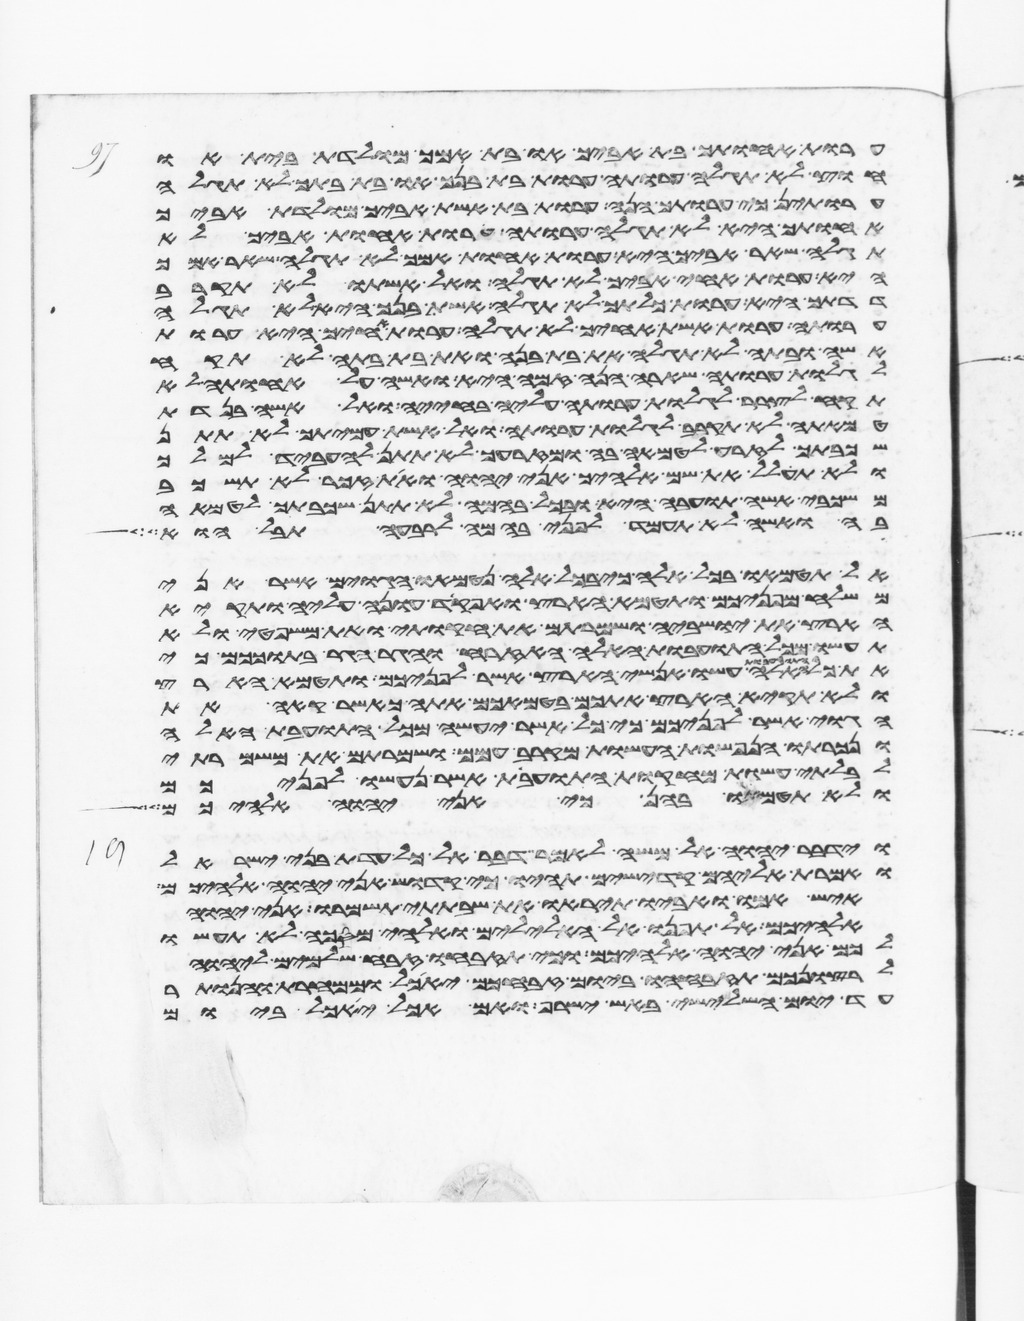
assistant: ערות אחותך בת אביך או בת אמך מולדת בית או
חוץ לא תגלה ערותה ערות בת בנך או בת בתך לא תגלה
ערותן כי ערותך הנה ערות בת אשת אביך מולדת אביך
אחותך היא לא תגלה ערותה ערות אחות אביך לא
תגלה שאר אביך היא ערות אחות אמך לא תגלה שאר אמך
היא ערות אחי אביך לא תגלה ואל אשתו לא תקרב
דדתך היא ערות כלתך לא תגלה אשת בנך היא לא תגלה
ערותה ערות אשת אחיך לא תגלה ערות אחיך היא ערות
אשה ובתה לא תגלה את בת בנה ואת בת בתה לא תקח
לגלות ערותה שארה הנה זמה היא ואשה על אחותה לא
תקח לצרר לגלות ערותה עליה בחייה ואל אשה בנדת
טמאתה לא תקרב לגלות ערותה ואל אשת עמיתך לא תתן
שכבתך לזרע לטמאה בה ומזרעך לא תתן להעביד למלך
ולא תחלל את שם אלהיך אני יהוה ואת זכר לא תשכב
משכבי אשה תועבה היא ובכל בהמה לא תתן שכבתך לטמאה
בה ואשה לא תעמד לפני בהמה לרבעה תבל הוא
אל תטמאו בכל אלה כי בכל אלה נטמאו הגוים אשר אני
משלח מפניכם ותטמא הארץ ואפקד עונה עליה ותקיא
הארץ את ישביה ושמרתם את חקותי ואת משפטי ולא
תעשו מכל התועבות האלה האזרח והגר הגר בתוככם כי
האלה עשו אנשי הארץ אשר לפניכם ותטמא הארץ
ולא תקיא הארץ אתכם בטמאכם אתה כאשר קאה את
הגוי אשר לפניכם כי כל אשר יעשה מכל התועבות האלה
ונכרתו הנפשות העשות מקרב עמם ושמרתם את משמרתי
לבלתי עשות מחקות התועבות אשר נעשו לפניכם
ולא תטמאו בהן כי אני יהוה אלהיכם
וידבר יהוה אל משה לאמר דבר אל כל עדת בני ישראל
ואמרת אליהם קדישים תהיו כי קדוש אני יהוה אלהיכם
איש אמו ואביו תיראו ואת שבתתי תשמרו אני יהוה
אלהיכם אל תפנו אל האלילים ואלהי מסכה לא תעשו
לכם אני יהוה אלהיכם וכי תזבחו זבח שלמים ליהוה
לרצונכם תזבחהו ביום זבחכם יאכל וממחרת והנותר
עד יום השלישי באש ישרף ואם אכל יאכל ביום